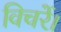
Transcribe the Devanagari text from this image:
विचरें।